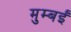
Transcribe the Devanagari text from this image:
मुम्बईं